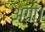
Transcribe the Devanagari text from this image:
अगा।